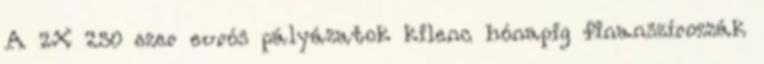
A 2X 250 ezer eurós pályázatok kilenc hónapig finanszírozzák